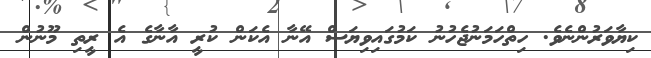
ކިޔާވަރުންނެވެ. ހިތްހަމަނުޖެހުނު ކަމުގައިވިޔަސް އޭނާ އެކަން ކުރީ އާނާގެ އެ ރީތި މޫނުން